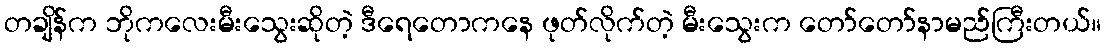
တချိန်က ဘိုကလေးမီးသွေးဆိုတဲ့ ဒီရေတောကနေ ဖုတ်လိုက်တဲ့ မီးသွေးက တော်တော်နာမည်ကြီးတယ်။